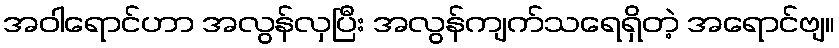
အဝါရောင်ဟာ အလွန်လှပြီး အလွန်ကျက်သရေရှိတဲ့ အရောင်ဗျ။